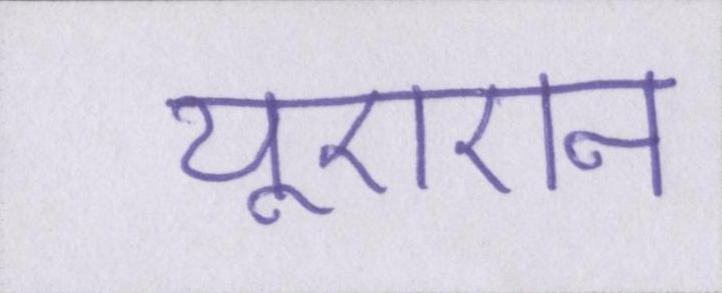
यूएएन